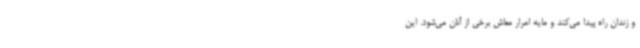
و زندان راه پیدا می‌کند و مایه امرار معاش برخی از آنان می‌شود. این